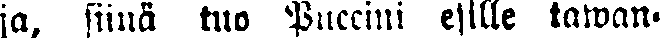
ja, siinä tuo Puccini esille tawan-